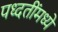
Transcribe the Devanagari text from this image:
पध्दतींमध्ये